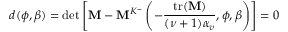
d ( \phi , \beta ) = \operatorname* { d e t } \left[ \mathbf { M } - \mathbf { M } ^ { K ^ { - } } \left( - \frac { \mathrm { t r ( } \mathbf { M } ) } { ( \nu + 1 ) \alpha _ { v } } , \phi , \beta \right) \right] = 0